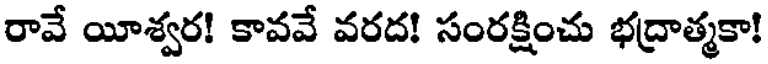
రావే యీశ్వర! కావవే వరద! సంరక్షించు భద్రాత్మకా!